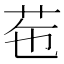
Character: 𦭥